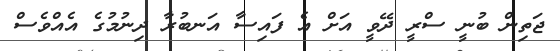
ޖަތިން ބުނީ ސްރީ ދޭވީ އަށް އެ ފައިސާ އަނބުރާ ދިނުމުގެ އެއްވެސް